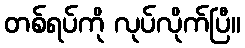
တစ်ရပ်ကို လုပ်လိုက်ပြီ။